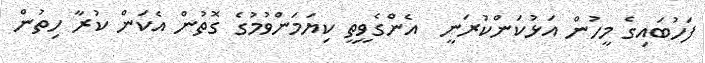
ފަހުބައިގެ މީހުން އަޅުކަންކުރަނީ  އެންގެވީތީ ކިޔަމަންވުމުގެ ގޮތުން އެކަން ކުރާ ހިތުން